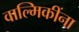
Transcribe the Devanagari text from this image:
वाल्मिकींना